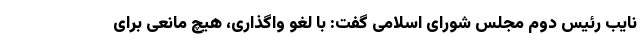
نایب رئیس دوم مجلس شورای اسلامی گفت: با لغو واگذاری، هیچ مانعی برای